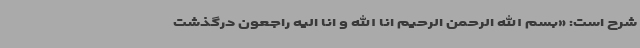
شرح است: «بسم الله الرحمن الرحیم انا الله و انا الیه راجعون درگذشت